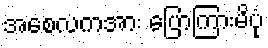
အစေလကအား ပြောကြားမိပုံ